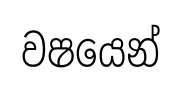
වෂයෙන්